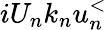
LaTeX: iU_{n}k_{n}u_{n}^{<}